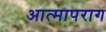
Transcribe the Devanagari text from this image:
आत्मापराग